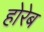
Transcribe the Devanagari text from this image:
होरेब